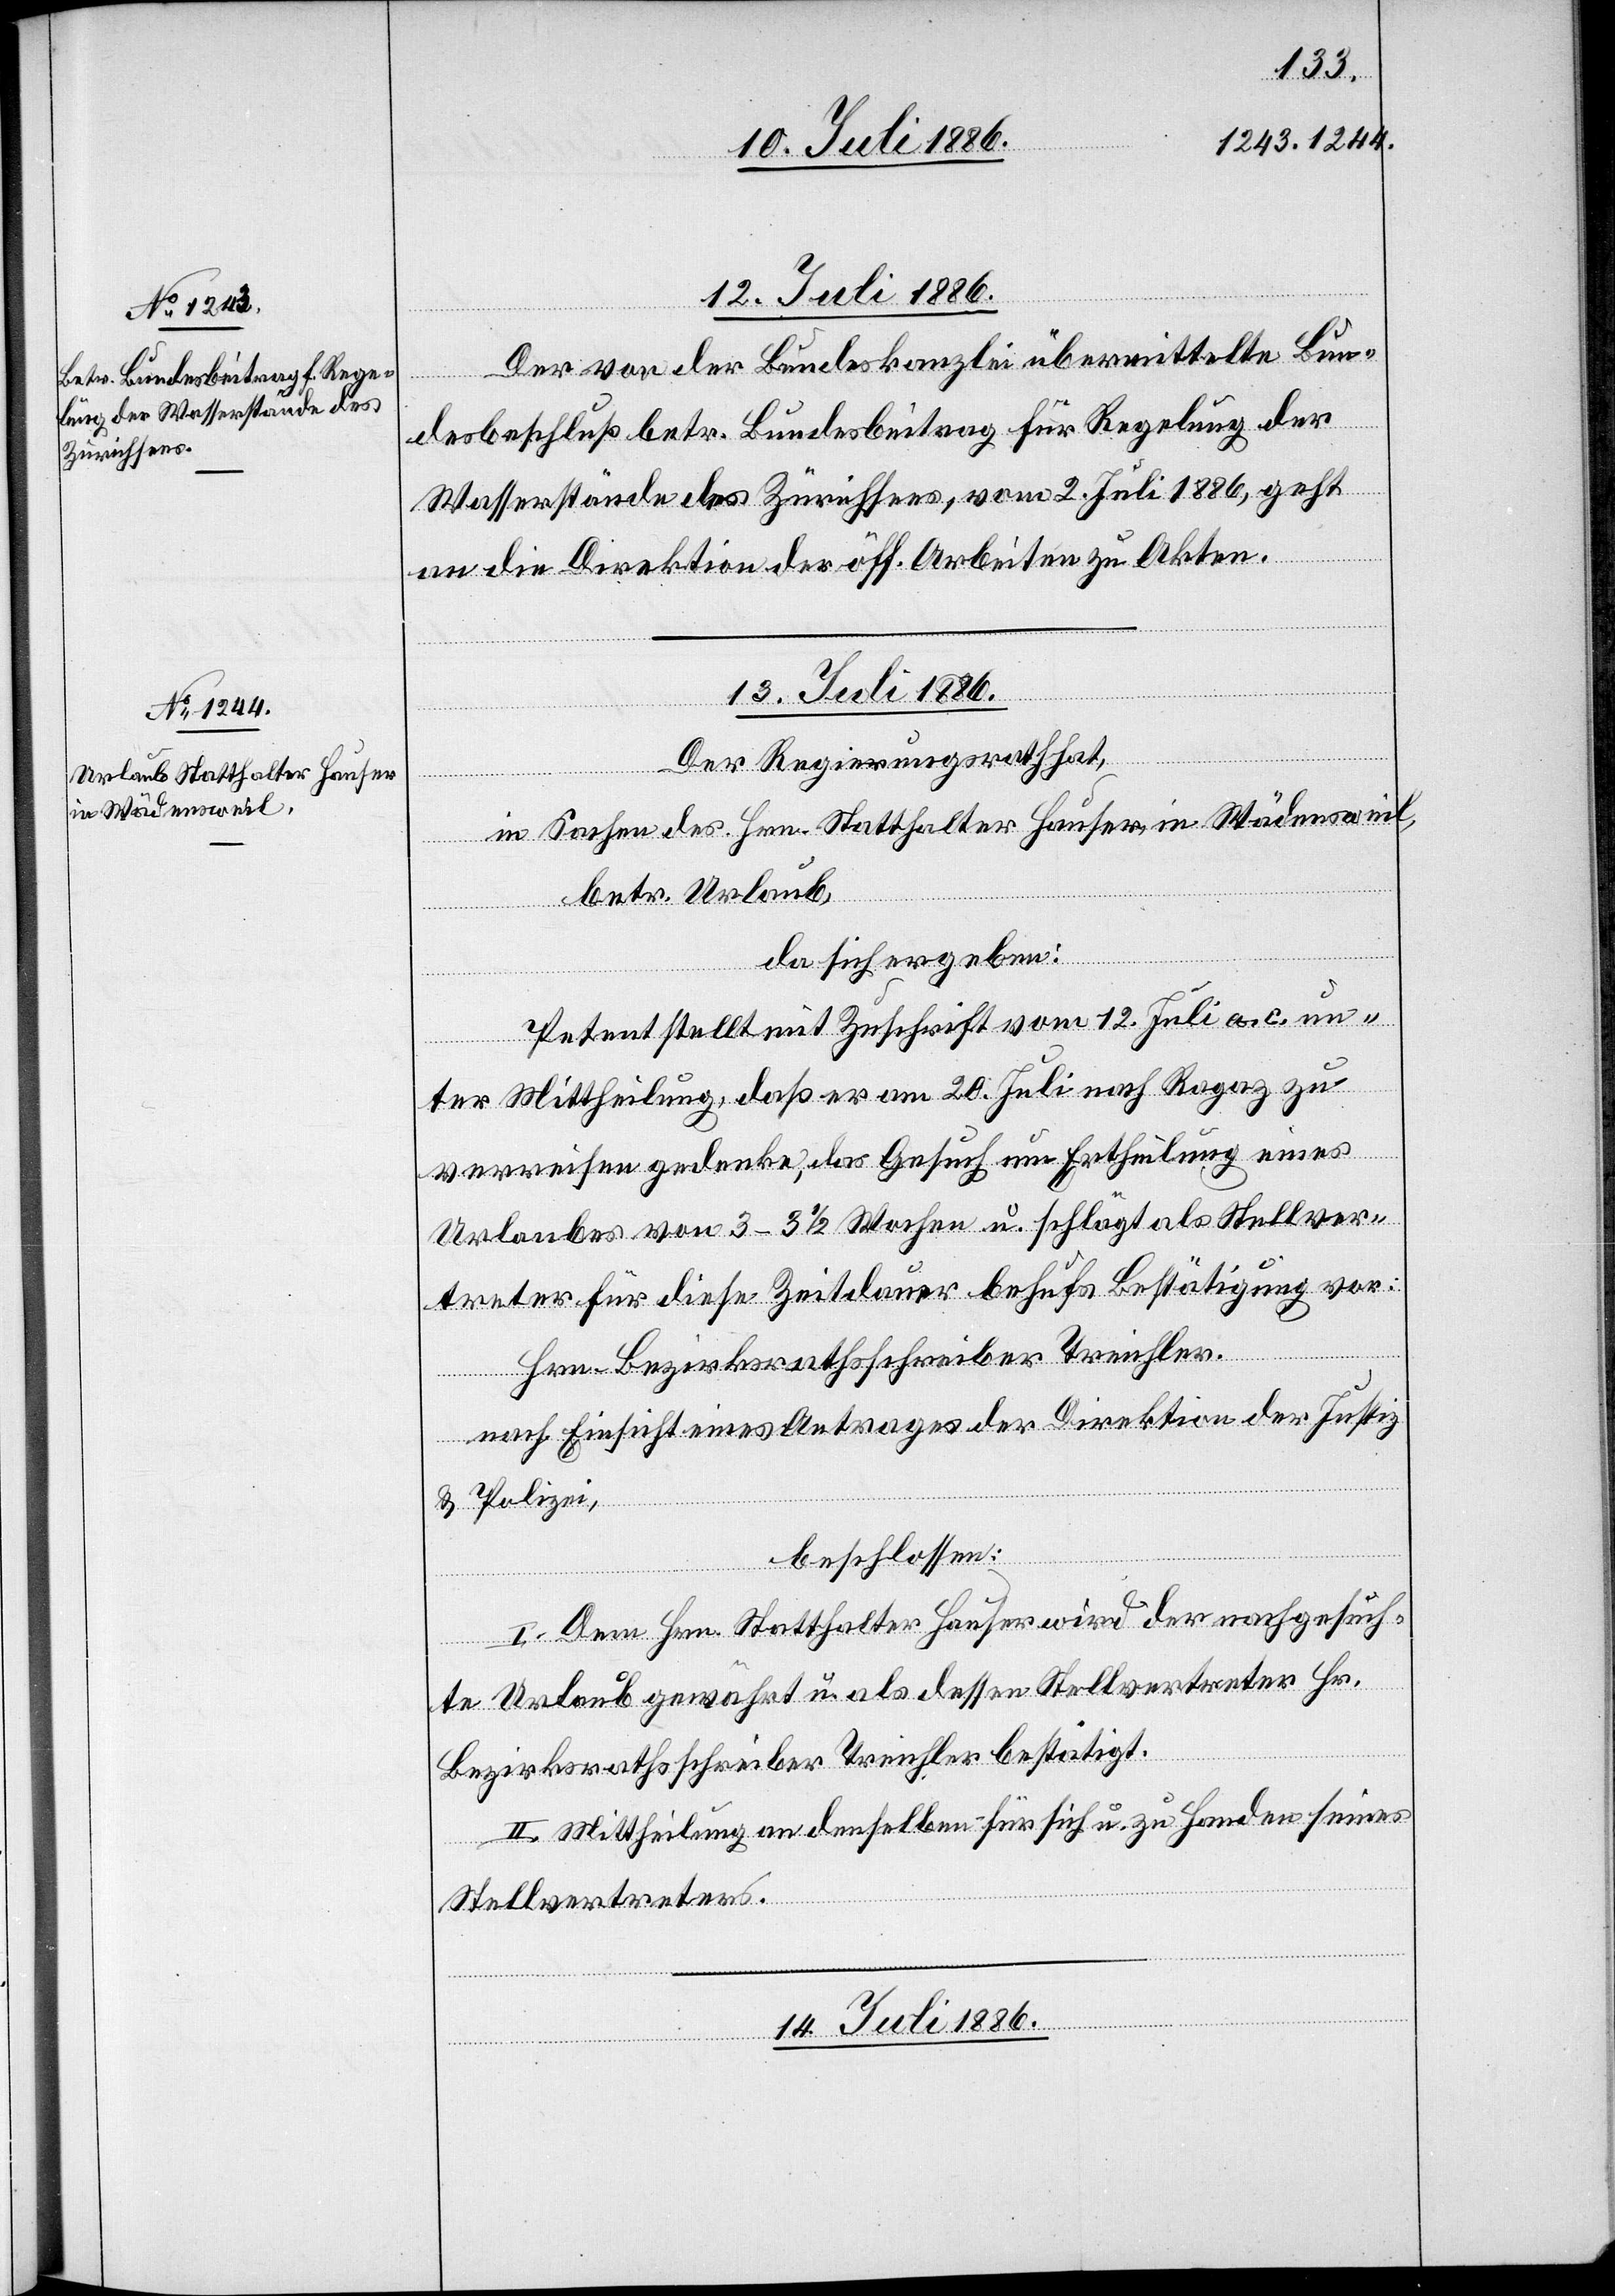
13. Juli 1886.
Der von der Bundeskanzlei übermittelte Bun¬
desbeschluß betr. Bundesbeitrag für Regelung der
Wasserstände des Zürichsees, vom 2. Juli 1886, geht
rfügungen.]
an die Direktion der öff. Arbeiten zu Akten.
Der Regierungsrath hat,
in Sachen des Hrn. Statthalter Hauser, in Wädensweil,
betr. Urlaub,
da sich ergeben:
Petent stellt mit Zuschrift vom 12. Juli a. c. un¬
ter Mittheilung, daß er am 20. Juli nach Ragaz zu
verreisen gedenke, das Gesuch um Ertheilung eines
Urlaubes von 3–3 1/2 Wochen u. schlägt als Stellver¬
treter für diese Zeitdauer behufs Bestätigung vor:
nach
Hrn. Bezirksrathsschreiber Treichler.
& Polizei¬
beschlossen:
I. Dem Hrn. Statthalter wird der nachgesuch¬
te Urlaub gewährt u. als dessen Stellvertreter Hr.
Bezirksrathsschreiber Treichler bestätigt.
II. Mittheilung an denselben für sich u. zu Handen seines
Stellvertreters.
14. Juli 1886.